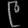
Digit: ၉